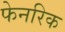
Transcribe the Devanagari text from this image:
फेनरिक